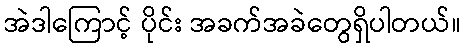
အဲဒါကြောင့် ပိုင်း အခက်အခဲတွေရှိပါတယ်။